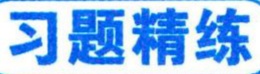
习题精练